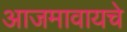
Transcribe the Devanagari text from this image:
आजमावायचे